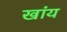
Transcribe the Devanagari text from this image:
खांय